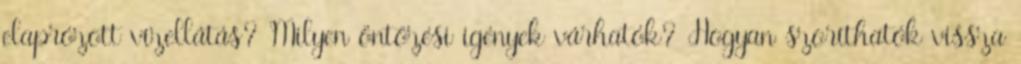
elaprózott vízellátás? Milyen öntözési igények várhatók? Hogyan szoríthatók vissza